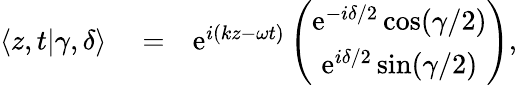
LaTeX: \begin{array}{rlr}{\langle z,t|\gamma,\delta\rangle}&{{}=}&{\mathrm{e}^{i(kz-\omega t)}\left(\begin{array}{c}{\mathrm{e}^{-i\delta/2}\cos(\gamma/2)}\\ {\mathrm{e}^{i\delta/2}\sin(\gamma/2)}\end{array}\right),}\end{array}